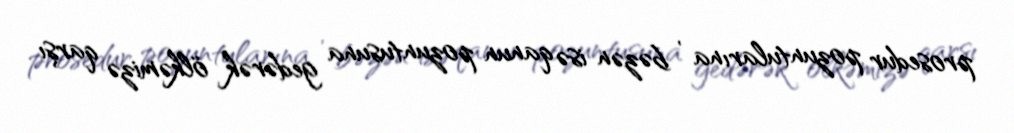
prosedur pozuntularına , bəzən isə qanun pozuntusuna gedərək ölkəmizə qarşı